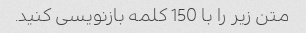
متن زیر را با 150 کلمه بازنویسی کنید.